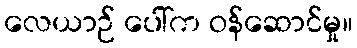
လေယာဉ် ပေါ်က ဝန်ဆောင်မှု။